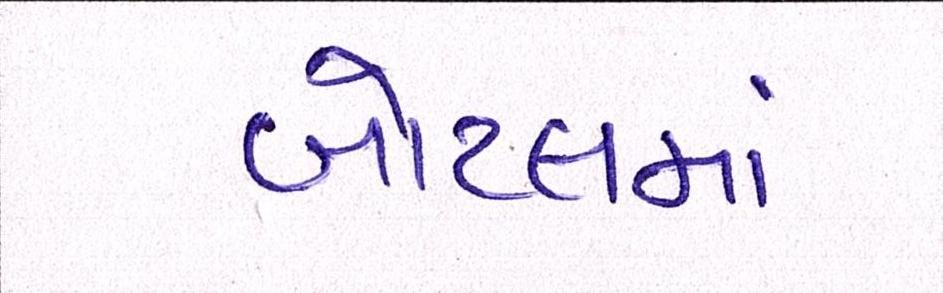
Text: બોટલમાં